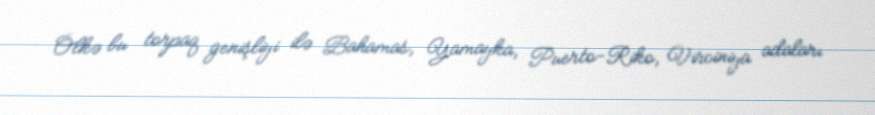
Ölkə bu torpaq genişliyi ilə Bahamas, Yamayka, Puerto-Riko, Virciniya adaları